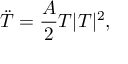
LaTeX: \ddot { T } = \frac { A } { 2 } T | T | ^ { 2 } ,